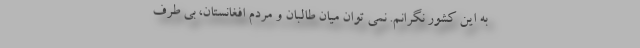
به این کشور نگرانم. نمی توان میان طالبان و مردم افغانستان، بی طرف